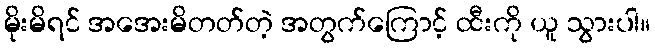
မိုးမိရင် အအေးမိတတ်တဲ့ အတွက်ကြောင့် ထီးကို ယူ သွားပါ။